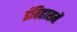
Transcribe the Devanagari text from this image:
ईतिहासमें